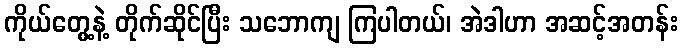
ကိုယ်တွေ့နဲ့ တိုက်ဆိုင်ပြီး သဘောကျ ကြပါတယ်၊ အဲဒါဟာ အဆင့်အတန်း